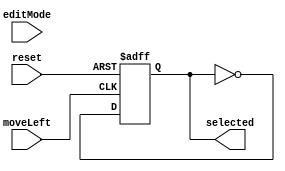
`timescale 1ns / 1ps
`timescale 1ns / 1ps
//////////////////////////////////////////////////////////////////////////////////
// 
// Module Name: selectDigit
// Project Name: Alarm Clock
// Description: Switches between editing either the minutes or the hours.
// 
//////////////////////////////////////////////////////////////////////////////////


module selectDigit(
    output reg selected,
    input editMode,
    input moveLeft,
    input reset
    );
    
    initial begin
        selected = 1;
    end
    
    always @ (posedge moveLeft or posedge reset)
        if (reset)
            selected <= 1;
        else
            selected <= ~selected;
    
endmodule